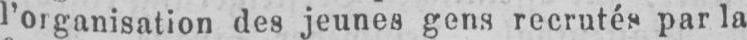
l’organisation des jeunes gens recrutés par la